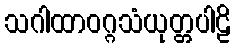
သဂါထာဝဂ္ဂသံယုတ္တပါဠိ